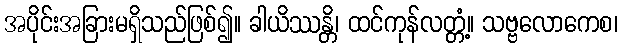
အပိုင်းအခြားမရှိသည်ဖြစ်၍။ ခါယိဿန္တိ၊ ထင်ကုန်လတ္တံ့။ သဗ္ဗလောကေစ၊